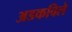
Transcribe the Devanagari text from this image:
अडकविले